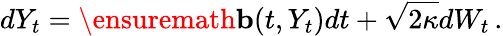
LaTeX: dY_{t}=\ensuremath{\mathbf{b}}(t,Y_{t})dt+\sqrt{2\kappa}dW_{t}\, .